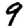
Digit: 9